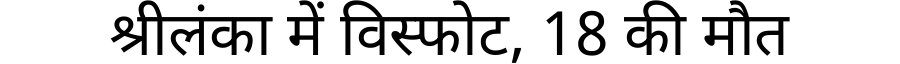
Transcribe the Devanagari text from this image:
श्रीलंका में विस्फोट, 18 की मौत